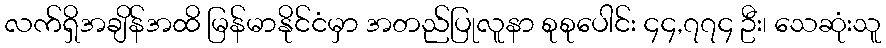
လက်ရှိအချိန်အထိ မြန်မာနိုင်ငံမှာ အတည်ပြုလူနာ စုစုပေါင်း ၄၄,၇၇၄ ဦး၊ သေဆုံးသူ